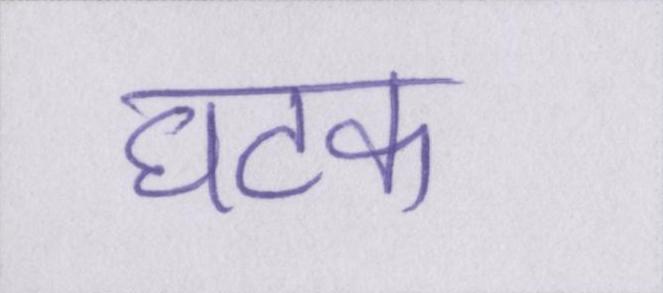
घटक